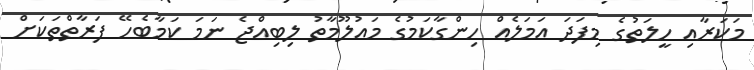
މަކަރާއި ހީލަތުގެ މިފަދަ އަމަލެއް ހިންގާކަމުގެ މައުލޫމާތު ލިބިއްޖެ ނަމަ ކަމާބެހޭ ފަރާތްތަކަށް